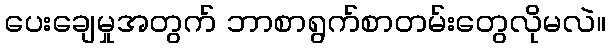
ပေးချေမှုအတွက် ဘာစာရွက်စာတမ်းတွေလိုမလဲ။